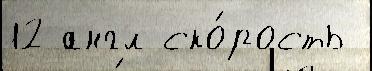
12 англ ско́рость